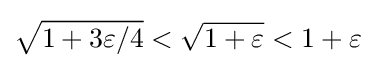
{\sqrt {1+3\varepsilon /4}}<{\sqrt {1+\varepsilon }}<1+\varepsilon